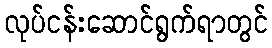
လုပ်ငန်းဆောင်ရွက်ရာတွင်